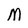
Character: M